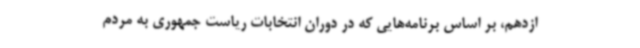
ازدهم، بر اساس برنامه‌هایی که در دوران انتخابات ریاست جمهوری به مردم